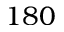
1 8 0